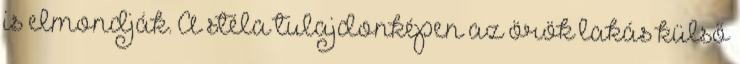
is elmondják. A stéla tulajdonképen az örök lakás külső